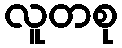
လူတစု